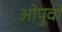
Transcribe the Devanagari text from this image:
ओपुवो